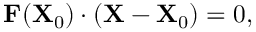
\mathbf { F } ( \mathbf { X } _ { 0 } ) \cdot \left( \mathbf { X } - \mathbf { X } _ { 0 } \right) = 0 ,